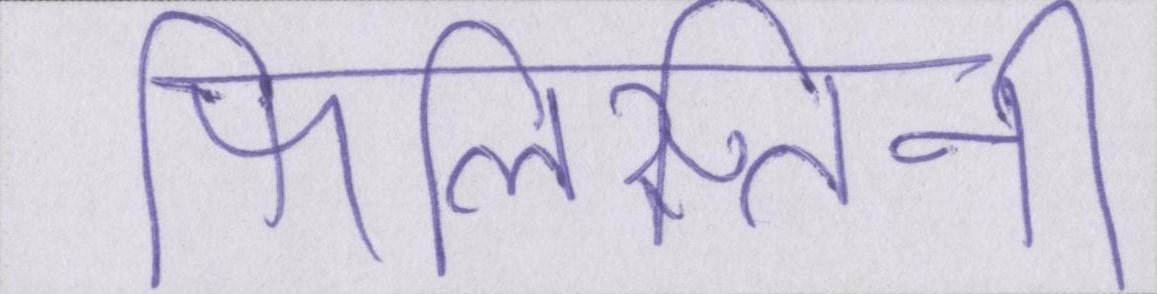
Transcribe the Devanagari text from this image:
फिलिस्तिनी